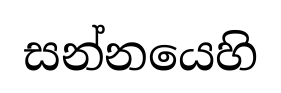
සන්නයෙහි